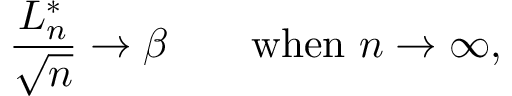
{ \frac { L _ { n } ^ { * } } { \sqrt { n } } } \rightarrow \beta \qquad { \mathrm { w h e n ~ } } n \to \infty ,